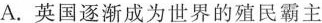
A.英国逐渐成为世界的殖民霸主